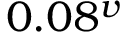
0 . 0 8 ^ { v }